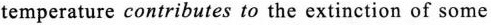
temperature contributes to the extinction of some